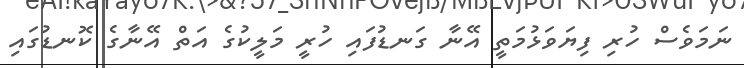
ނަމަވެސް ހުރި ފިޔަވަޅުމަތީ އޭނާ ގަނޑުފައި ހުރީ މަލީކުގެ އަތް އޭނާގެ ކޮނޑުގައި